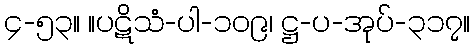
၄-၅၃။ ။ပဋိသံ-ပါ-၁၀၉၊ ဋ္ဌ-ပ-အုပ်-၃၁၇။